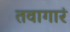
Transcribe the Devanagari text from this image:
तवागारं